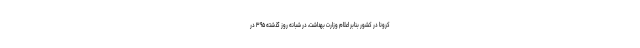
کرونا در کشور بنابر اعلام وزارت بهداشت، در شبانه روز گذشته ۳۹۵ در